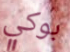
بوكي